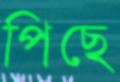
পিছে